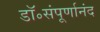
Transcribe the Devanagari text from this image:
डॉ॰संपूर्णानंद